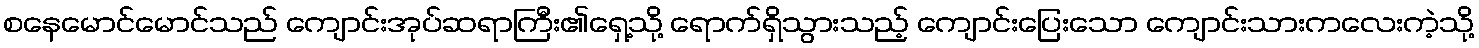
စနေမောင်မောင်သည် ကျောင်းအုပ်ဆရာကြီး၏ရှေ့သို့ ရောက်ရှိသွားသည့် ကျောင်းပြေးသော ကျောင်းသားကလေးကဲ့သို့